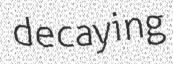
decaying